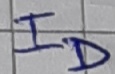
Text: ID